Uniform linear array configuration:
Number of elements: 64
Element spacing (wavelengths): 0.5
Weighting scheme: kaiser
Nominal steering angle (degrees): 60
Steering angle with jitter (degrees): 61.4
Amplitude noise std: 0.05
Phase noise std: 0.05

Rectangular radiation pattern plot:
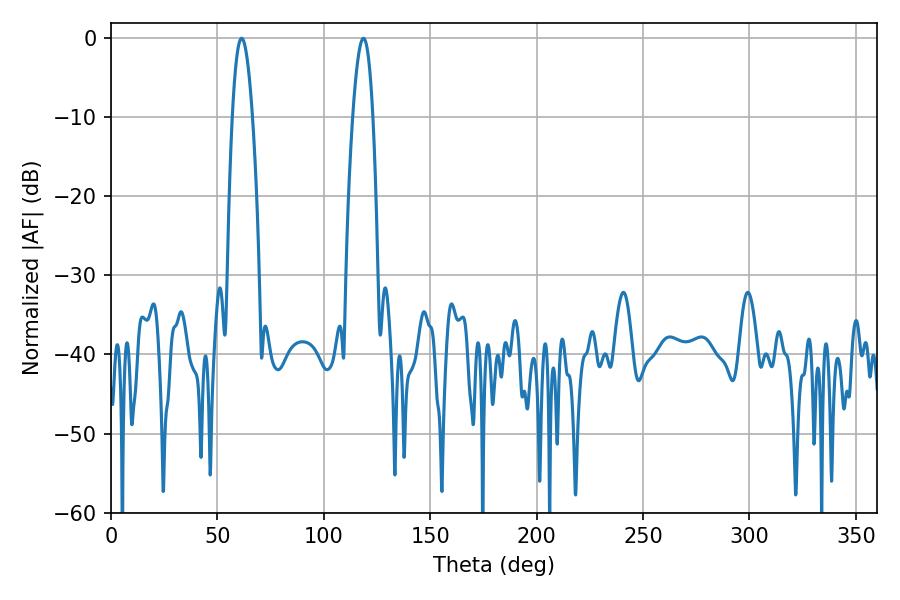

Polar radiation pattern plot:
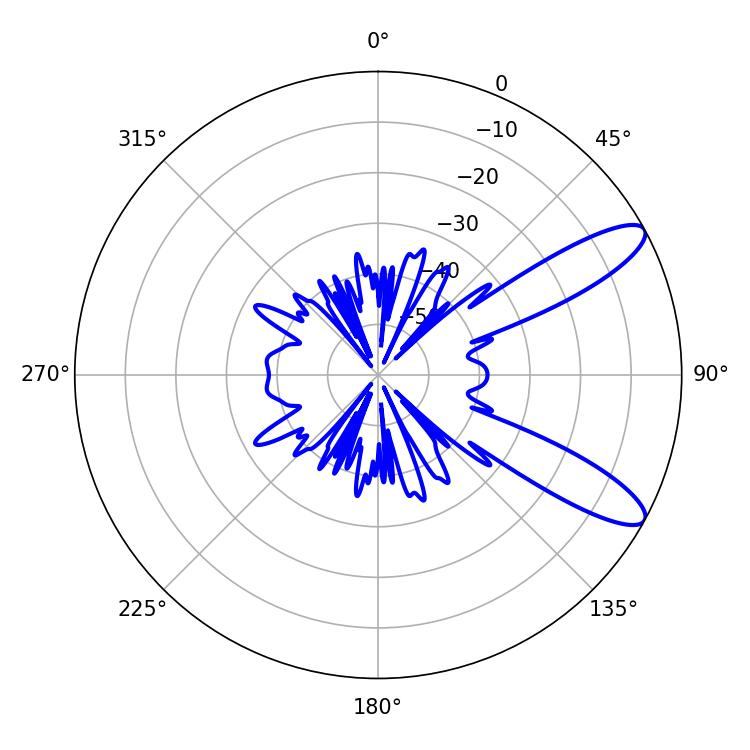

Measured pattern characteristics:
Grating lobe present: FALSE
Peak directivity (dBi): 10.639
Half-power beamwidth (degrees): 5.22
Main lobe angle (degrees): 61.38